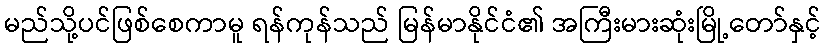
မည်သို့ပင်ဖြစ်စေကာမူ ရန်ကုန်သည် မြန်မာနိုင်ငံ၏ အကြီးမားဆုံးမြို့တော်နှင့်